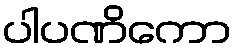
ပါပဏိကော